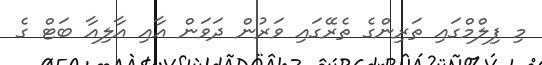
މި ފިލްމްގައި ތަރިންގެ ތެރޭގައި ވަރުން ދަވަން އާއި އާލިއާ ބަޓް ގެ